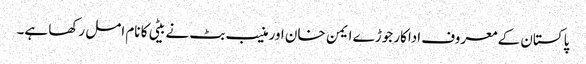
پاکستان کے معروف اداکار جوڑے ایمن خان اور منیب بٹ نے بیٹی کا نام امل رکھا ہے۔